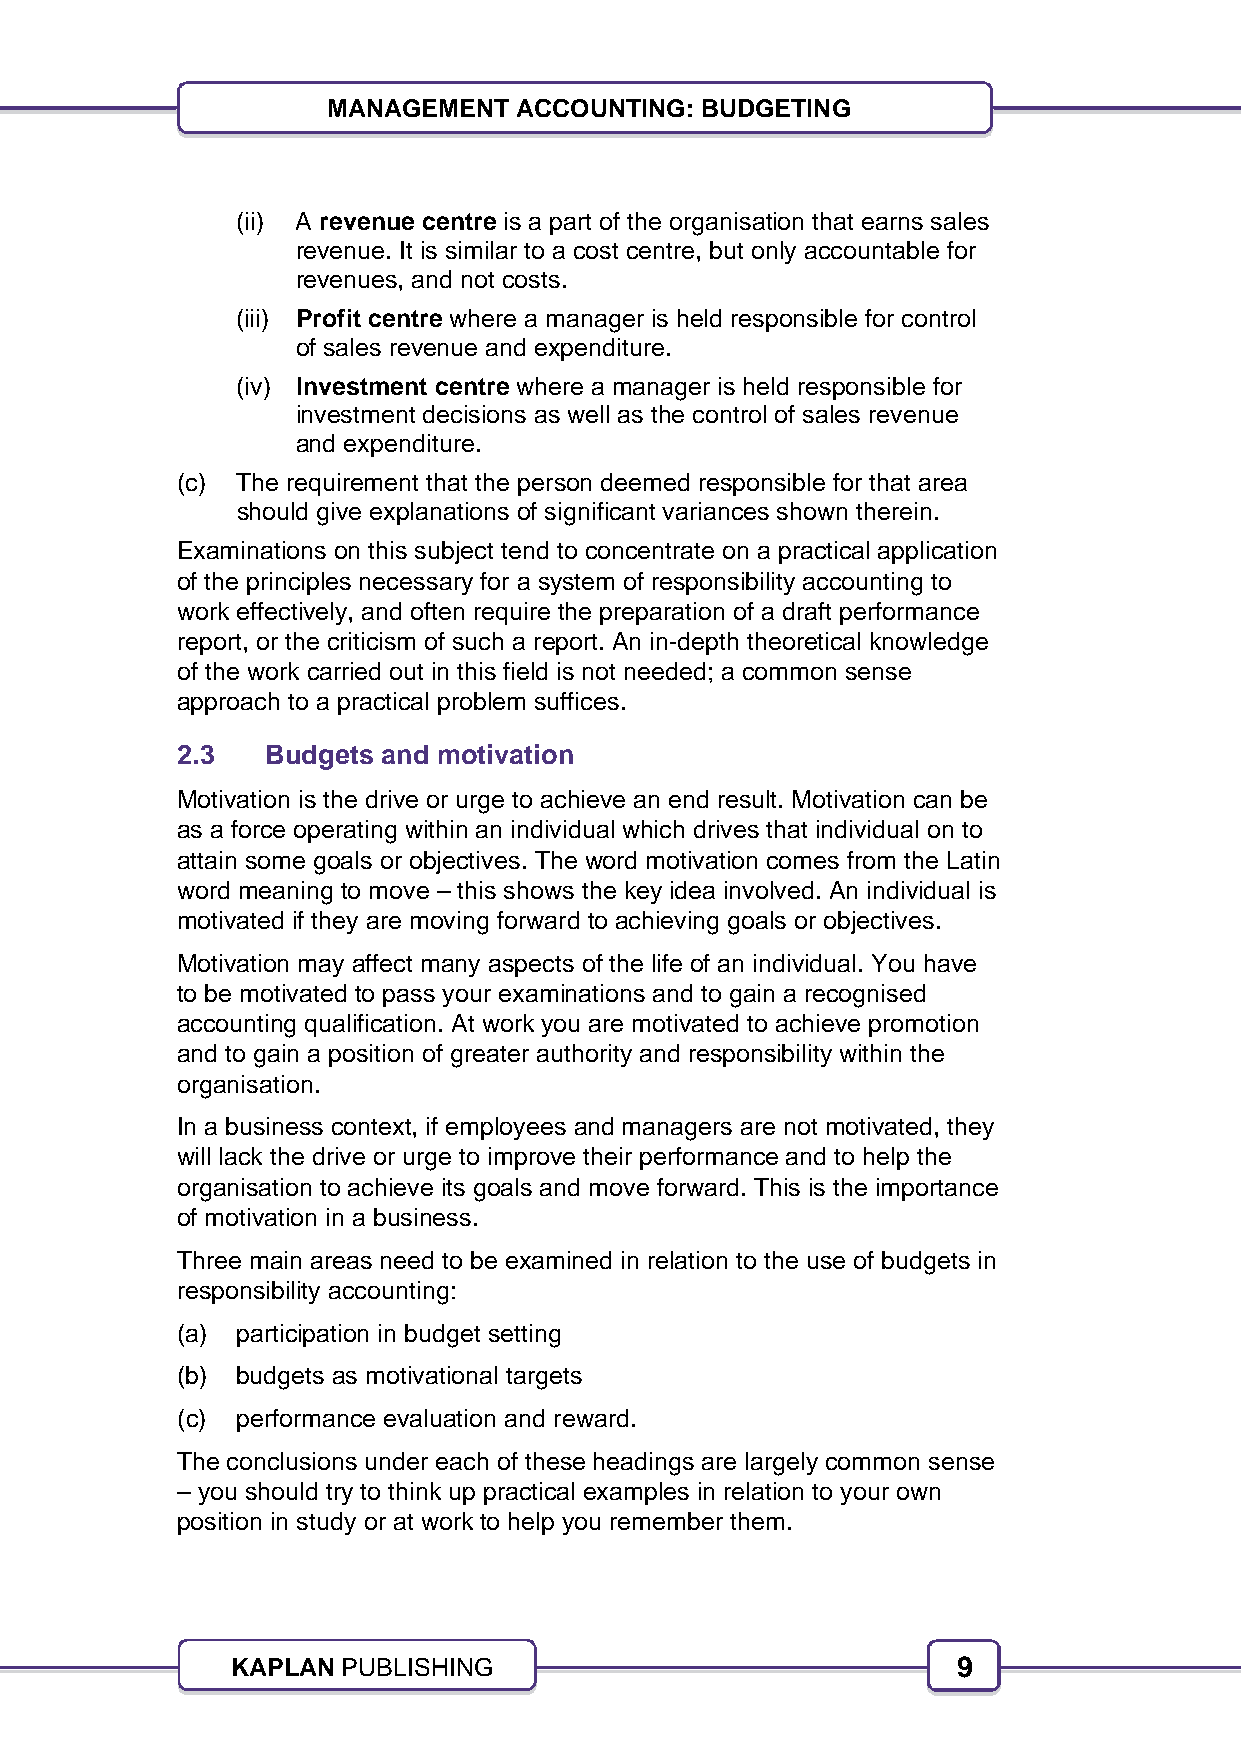
9
 MANAGEMENT  ACCOUNTING: BUDGETING
 (ii) A revenue centre is a part of the organisation that earns sales
 revenue. It is similar to a cost centre, but only accountable for
 revenues, and not costs.
 (iii) Profit centre where a manager is held responsible for control
 of sales revenue and expenditure.
 (iv) Investment centre where a manager is held responsible for
 investment decisions as well as the control of sales revenue
 and expenditure.
 (c) The requirement that the person deemed responsible for that area
 should give explanations of significant variances shown therein.
 Examinations on this subject tend to concentrate on a practical application
 of the principles necessary for a system of responsibility accounting to
 work effectively, and often require the preparation of a draft performance
 report, or the criticism of such a report. An in-depth theoretical knowledge
 of the work carried out in this field is not needed; a common sense
 approach to a practical problem suffices.
 2.3   Budgets and motivation
 Motivation is the drive or urge to achieve an end result. Motivation can be
 as a force operating within an individual which drives that individual on to
 attain some goals or objectives. The word motivation comes from the Latin
 word meaning to move – this shows the key idea involved. An individual is
 motivated if they are moving forward to achieving goals or objectives.
 Motivation may affect many aspects of the life of an individual. You have
 to be motivated to pass your examinations and to gain a recognised
 accounting qualification. At work you are motivated to achieve promotion
 and to gain a position of greater authority and responsibility within the
 organisation.
 In a business context, if employees and managers are not motivated, they
 will lack the drive or urge to improve their performance and to help the
 organisation to achieve its goals and move forward. This is the importance
 of motivation in a business.
 Three main areas need to be examined in relation to the use of budgets in
 responsibility accounting:
 (a) participation in budget setting
 (b) budgets as motivational targets
 (c) performance evaluation and reward.
 The conclusions under each of these headings are largely common sense
 – you should try to think up practical examples in relation to your own
 position in study or at work to help you remember them.
 KAPLAN  PUBLISHING                              9